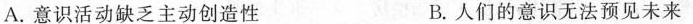
A.意识活动缺乏主动创造性 B.人们的意识无法预见未来